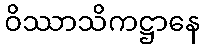
ဝိဿာသိကဋ္ဌာနေ